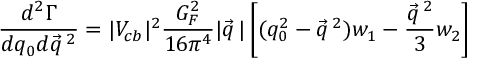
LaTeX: \frac { d ^ { 2 } \Gamma } { d q _ { 0 } d \vec { q } \, ^ { 2 } } = | V _ { c b } | ^ { 2 } \frac { G _ { F } ^ { 2 } } { 1 6 \pi ^ { 4 } } | \vec { q } \, | \left[ ( q _ { 0 } ^ { 2 } - \vec { q } \, ^ { 2 } ) w _ { 1 } - \frac { \vec { q } \, ^ { 2 } } { 3 } w _ { 2 } \right]